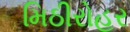
મિઠીરોહર